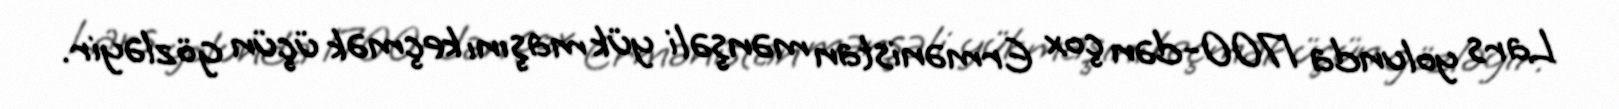
Lars yolunda 1700-dən çox Ermənistan mənşəli yük maşını keçmək üçün gözləyir.